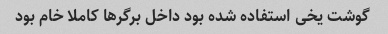
گوشت یخی استفاده شده بود داخل برگر‌ها کاملا خام بود